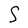
Character: S